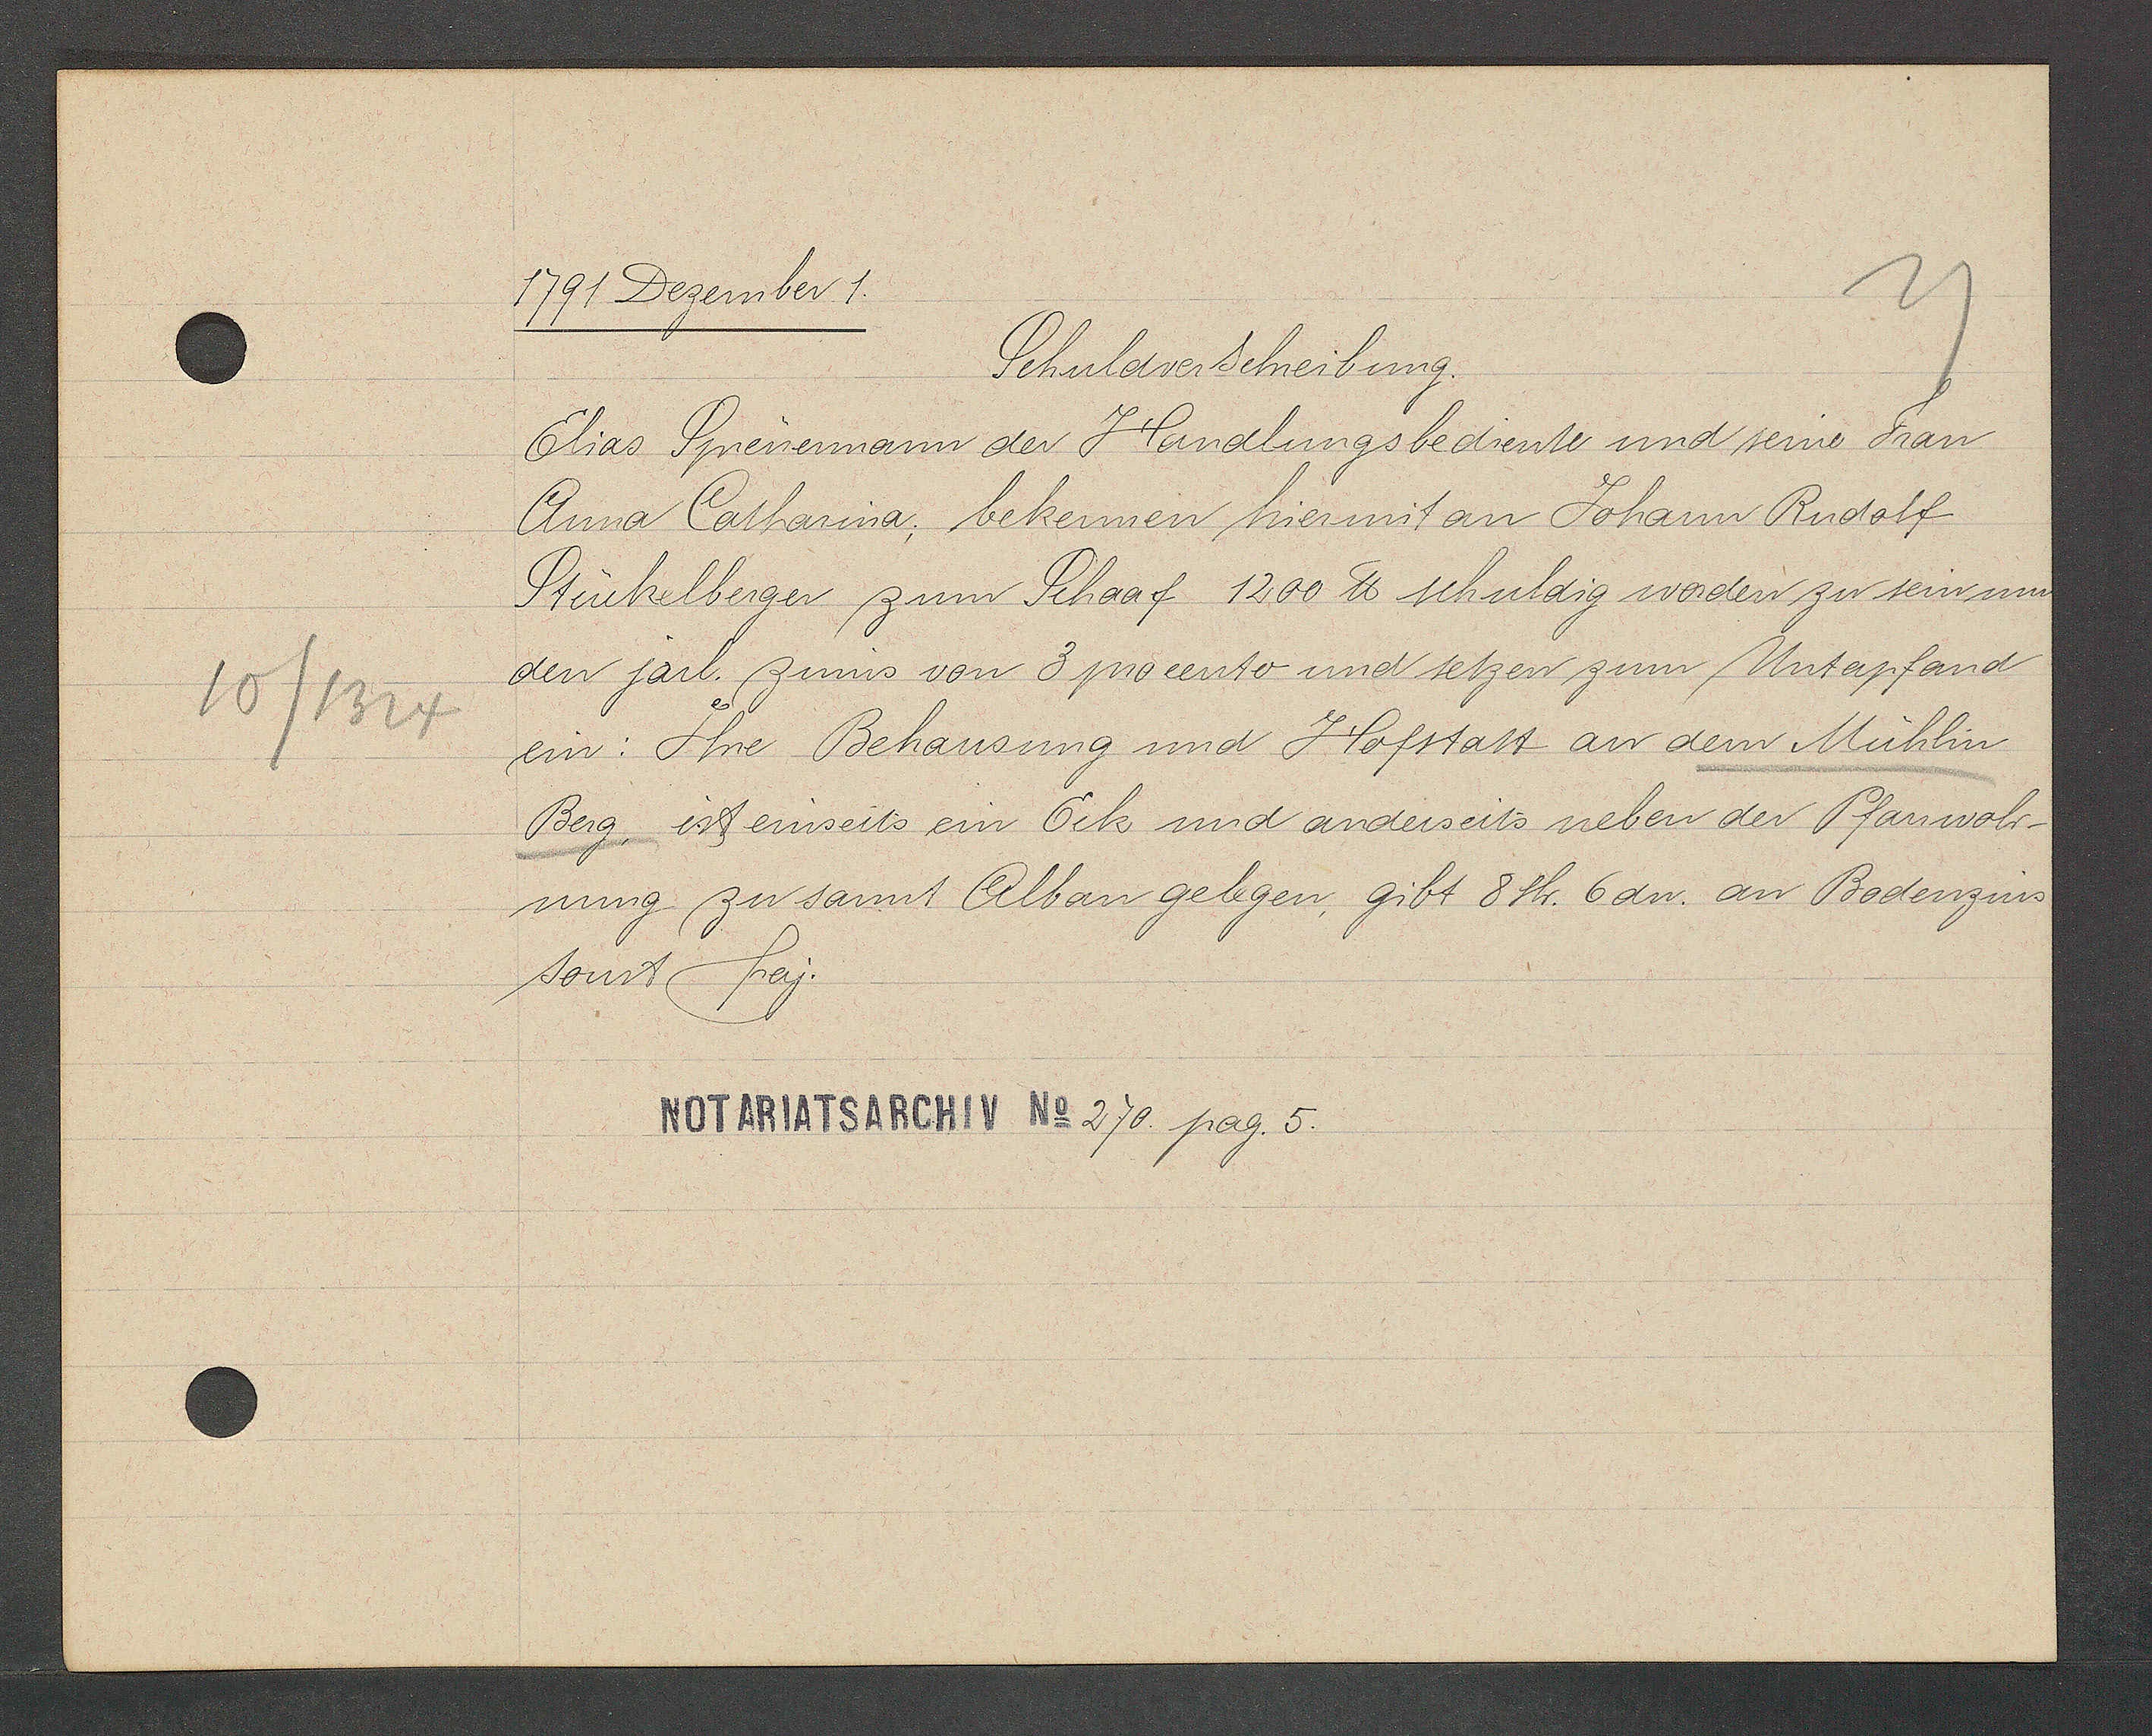
Transcript:
10/1324

1791 Dezember 1.

Schuldverschreibung.
Elias Spreuermann der Handlungsbediente und seine Frau
Anna Catharina, bekennen niermit an Johann Rudolf
Stückelberger zum Schaaf 1200 ℔ schuldig worden zu sein um
den järl. zinns von 3 procento und setzen zum Untapfand
ein: Ihre Behausung und Hofstatt an dem Mühlin
Berg, ist einseits ein Eck und anderseits neben der Pfanwoh¬
nung zu sannt Alban gelegen, gibt 8 sh. 6 dn. an Bodenzins
sonst frey.

Notariatsarchiv No 270. pag. 5.